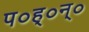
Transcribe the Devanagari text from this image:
प०ह्०न्०